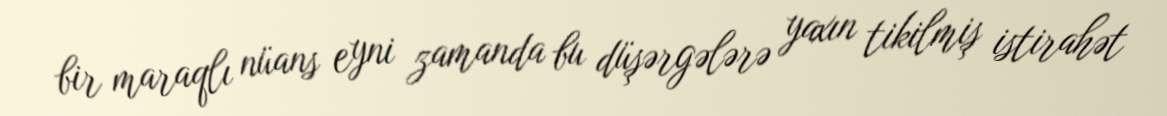
bir maraqlı nüans eyni zamanda bu düşərgələrə yaxın tikilmiş istirahət